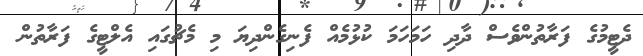
ދެޓީމުގެ ފަރާތުންވެސް ދާދި ހަމަހަމަ ކުޅުމެއް ފެނިގެންދިޔަ މި މެޗުގައި އެލްޓީގެ ފަރާތުން